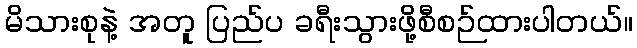
မိသားစုနဲ့ အတူ ပြည်ပ ခရီးသွားဖို့စီစဉ်ထားပါတယ်။